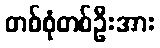
တစ်စုံတစ်ဦးအား